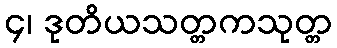
၄၊ ဒုတိယသတ္တကသုတ္တ